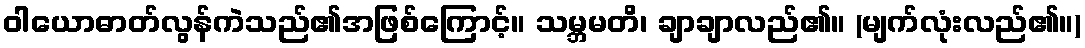
ဝါယောဓာတ်လွန်ကဲသည်၏အဖြစ်ကြောင့်။ သမ္ဘမတိ၊ ချာချာလည်၏။ (မျက်လုံးလည်၏။)